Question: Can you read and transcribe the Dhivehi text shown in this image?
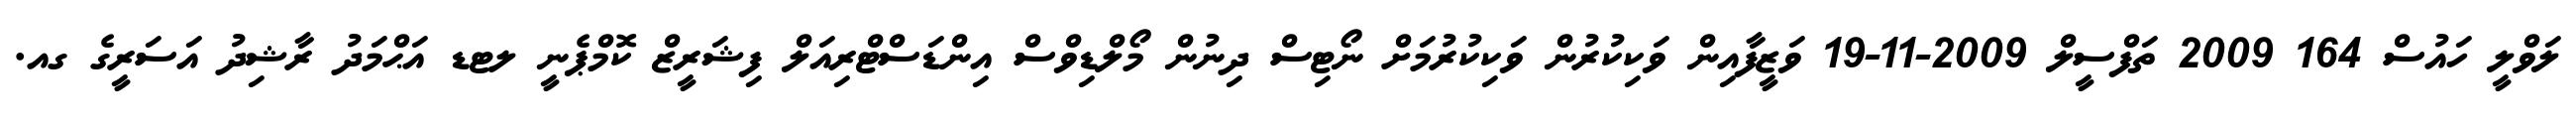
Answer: ލަވްލީ ހައުސް 164 2009 ތަފްސީލް 2009-11-19 ވަޒީފާއިން ވަކިކުރުން ވަކިކުރުމަށް ނޯޓިސް ދިނުން މޯލްޑިވްސް އިންޑަސްޓްރިއަލް ފިޝަރީޒް ކޮމްޕެނީ ލޓޑ އަޙްމަދު ރާޝިދު އަސަރީގެ ގއ.